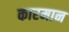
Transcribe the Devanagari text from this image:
कारमान